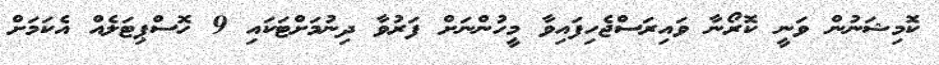
ކޮމިޝަނުން ވަނީ ކޮރޯނާ ވައިރަސްޖެހިފައިވާ މީހުންނަށް ފަރުވާ ދިނުމަށްޓަކައި 9 ހޮސްޕިޓަލެއް އެކަމަށް